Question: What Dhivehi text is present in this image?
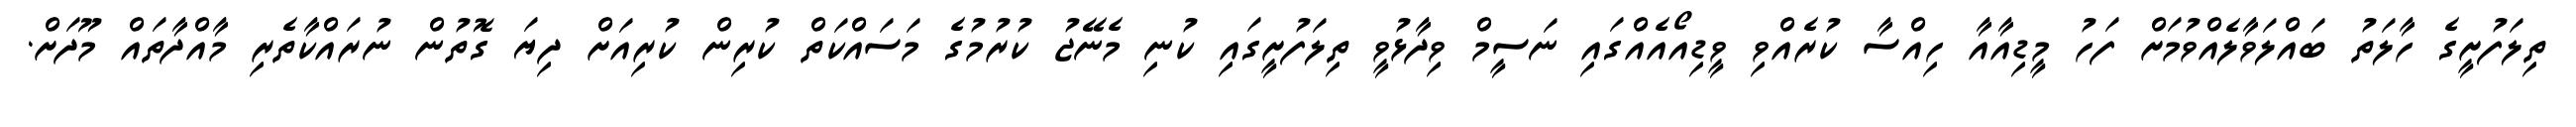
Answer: ތިލަފުށީގެ ހާލަތު ބައްލަވާލެއްވުމަށް ފަހު މީޑިއާއާ ހިއްސާ ކުރެއްވި ވީޑިއޯއެއްގައި ނަސީމް ވިދާޅުވީ ތިލަފުށީގައި ކުނި މެނޭޖު ކުރުމުގެ މަސައްކަތް ކުރިން ކުރިއަށް ދިޔަ ގޮތުން ނުރައްކާތެރި މާއްދާތައް މޫދަށް.